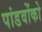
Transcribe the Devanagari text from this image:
पांडवोंको